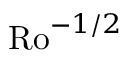
\mathrm { R o } ^ { - 1 / 2 }